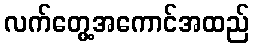
လက်တွေ့အကောင်အထည်